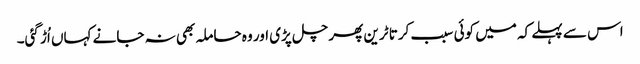
اس سے پہلے کہ میں کوئی سبب کرتا ٹرین پھر چل پڑی اور وہ حاملہ بھی نہ جانے کہاں اُڑ گئی۔